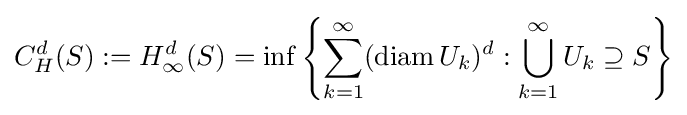
C_{H}^{d}(S):=H_{\infty }^{d}(S)=\inf \left\{\sum _{k=1}^{\infty }(\operatorname {diam} U_{k})^{d}:\bigcup _{k=1}^{\infty }U_{k}\supseteq S\right\}